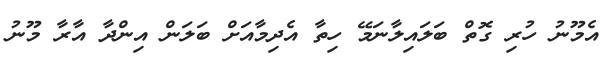
އެމޫނު ހުރި ގޮތް ބަލައިލާނަމޭ ހިތާ އެދިމާއަށް ބަލަން އިންދާ އާރާ މޫނު